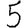
Digit: 5